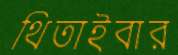
থিতাইবার